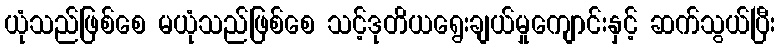
ယုံသည်ဖြစ်စေ မယုံသည်ဖြစ်စေ သင့်ဒုတိယရွေးချယ်မှုကျောင်းနှင့် ဆက်သွယ်ပြီး